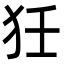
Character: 狅